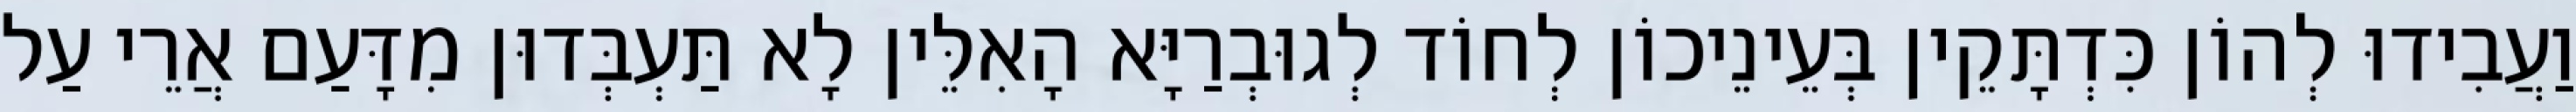
וַעֲבִידוּ לְהוֹן כִּדְתָּקֵין בְּעֵינֵיכוֹן לְחוֹד לְגוּבְרַיָּא הָאִלֵּין לָא תַּעְבְּדוּן מִדָּעַם אֲרֵי עַל